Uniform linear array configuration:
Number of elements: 8
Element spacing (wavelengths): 1
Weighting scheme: binomial
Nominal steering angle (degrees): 45
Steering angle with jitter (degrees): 46.673
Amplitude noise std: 0.05
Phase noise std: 0.05

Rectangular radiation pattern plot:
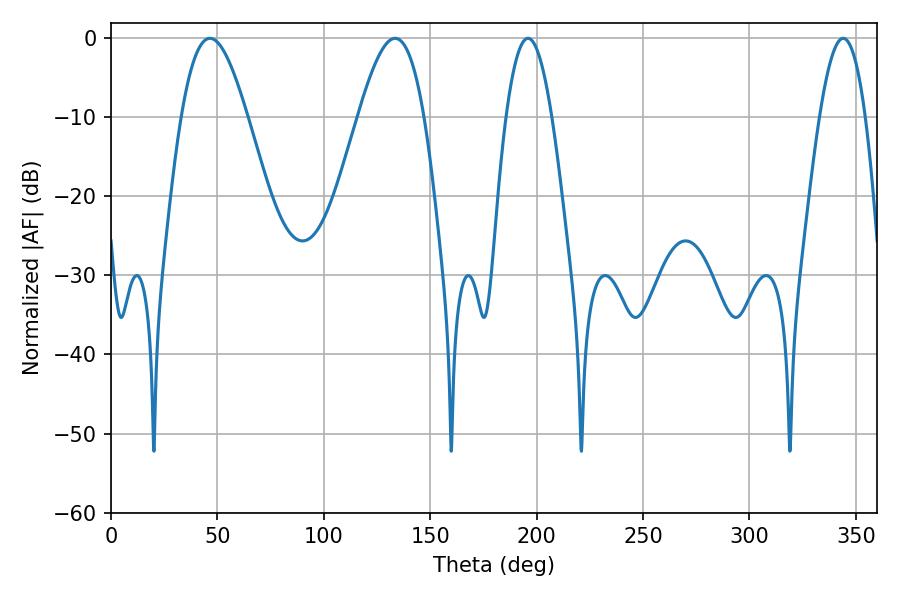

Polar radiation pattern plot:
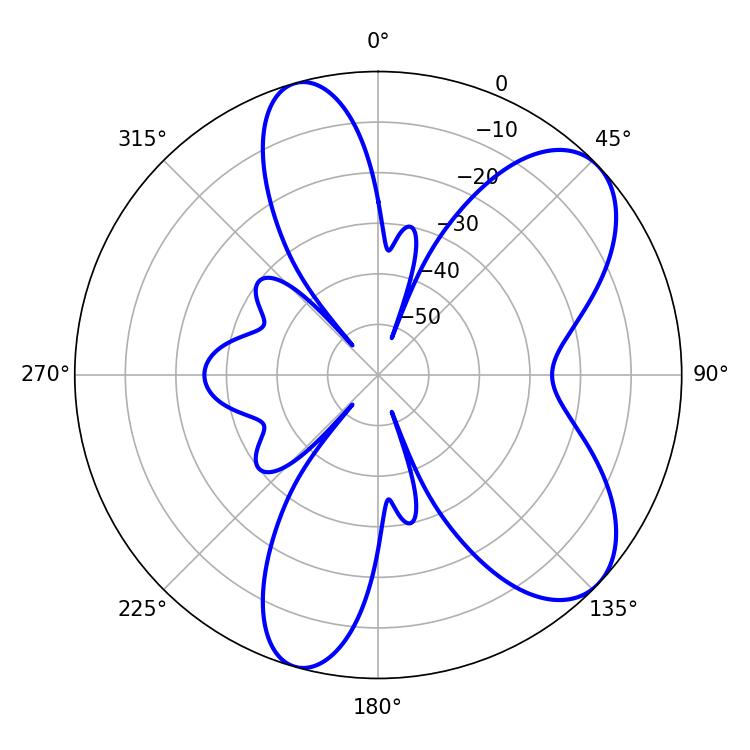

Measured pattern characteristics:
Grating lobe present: TRUE
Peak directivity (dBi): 7.622
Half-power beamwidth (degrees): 16.74
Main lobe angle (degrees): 46.44